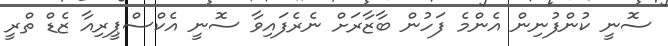
ސޮނީ ކުންފުނިން އެންމެ ފަހުން ބާޒާރަށް ނެރެފައިވާ ސޮނީ އެކްސްޕީރިއާ ޒެޑް ތްރީ